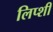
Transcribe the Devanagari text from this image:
लिप्शी